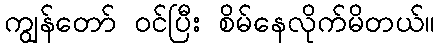
ကျွန်တော် ဝင်ပြီး စိမ်နေလိုက်မိတယ်။